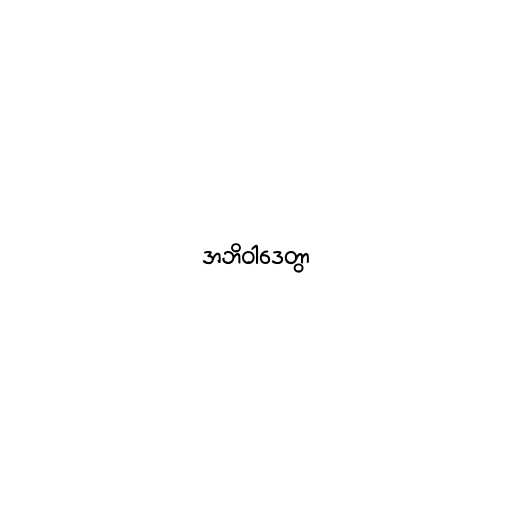
အဘိဝါဒေတွာ